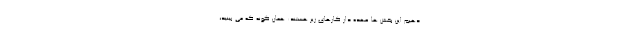
دهیم این بخش ها عهده دار کارهای زیر هستند: همان گونه که می بینید،